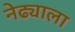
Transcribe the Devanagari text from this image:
नेढ्याला